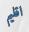
اقليم